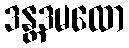
ဒန္တဒမထော